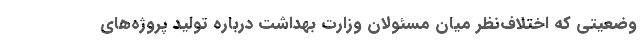
وضعیتی که اختلاف‌نظر میان مسئولان وزارت بهداشت درباره تولید پروژه‌های